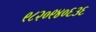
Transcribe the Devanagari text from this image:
९८२०९४०६३६